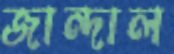
জান্দাল